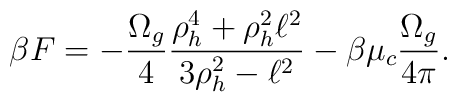
\beta F =-{\Omega_g\over 4}{\rho_h^4 +\rho_h^2 \ell^2\over 3\rho_h^2 -\ell^2}-\beta \mu_c {\Omega_g\over 4\pi}.